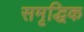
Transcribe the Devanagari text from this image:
समृद्धिक